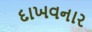
દાખવનાર